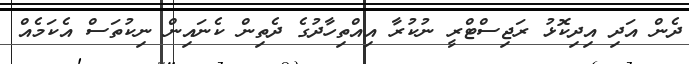
ދެން އަދި އިދިކޮޅު ރަޖިސްޓްރީ ނުކުރާ އިއްްތިހާދުގެ ދެތިން ކެނައިން ނިކުތަސް އެކަމެއް